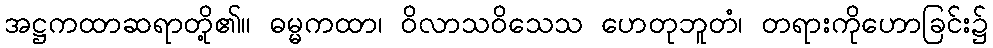
အဋ္ဌကထာဆရာတို့၏။ ဓမ္မကထာ၊ ဝိလာသဝိသေသ ဟေတုဘူတံ၊ တရားကိုဟောခြင်း၌